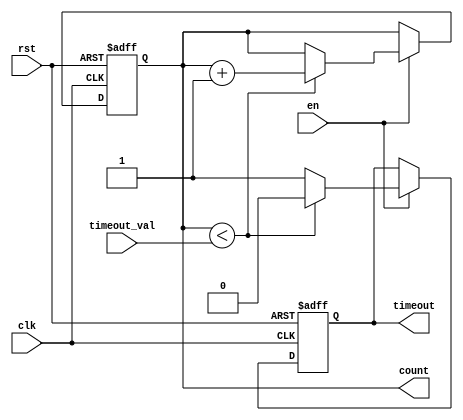
module TimeoutCounter (
    input wire clk,              // Clock signal
    input wire rst,              // Asynchronous reset
    input wire en,               // Enable signal
    input wire [15:0] timeout_val, // Configurable time-out value (16 bits)
    output reg [15:0] count,      // Current count value (16 bits)
    output reg timeout            // Time-out signal (active high)
);

    // State declarations
    always @(posedge clk or posedge rst) begin
        if (rst) begin
            count <= 16'd0;      // Reset count to zero
            timeout <= 1'b0;     // Deactivate time-out signal
        end else if (en) begin
            if (count < timeout_val) begin
                count <= count + 1; // Increment count
                timeout <= 1'b0;     // Deactivate time-out signal
            end else begin
                timeout <= 1'b1;     // Activate time-out signal
            end
        end
    end

endmodule